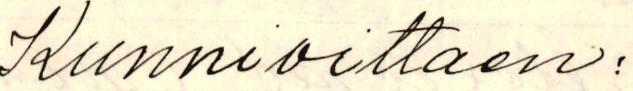
Kunnioittaen: